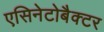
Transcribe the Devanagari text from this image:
एसिनेटोबैक्टर